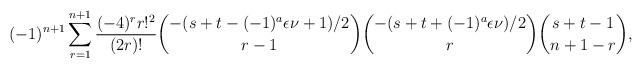
LaTeX: \begin{align*}(-1)^{n+1}&\sum_{r=1}^{n+1}\frac{(-4)^rr!^2}{(2r)!}{{-(s+t-(-1)^a\epsilon\nu +1)/2}\choose{r-1}}{{-(s+t +(-1)^a\epsilon\nu)/2}\choose{r}}{{s+t-1}\choose n+1-r},\end{align*}